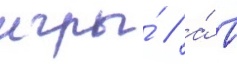
игры́ / а́ в